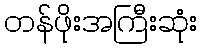
တန်ဖိုးအကြီးဆုံး